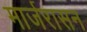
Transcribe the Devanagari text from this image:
मार्जरासन